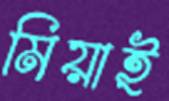
মিয়াই